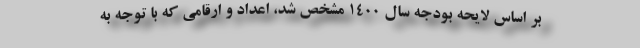
بر اساس لایحه بودجه سال ۱۴۰۰ مشخص شد، اعداد و ارقامی که با توجه به